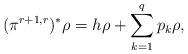
LaTeX: \begin{align*}(\pi^{r+1,r})^{*}\rho=h\rho+\sum_{k=1}^{q}p_{k}\rho,\end{align*}